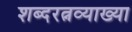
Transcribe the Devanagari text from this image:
शब्दरत्नव्याख्या